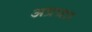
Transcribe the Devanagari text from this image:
अप्रचार